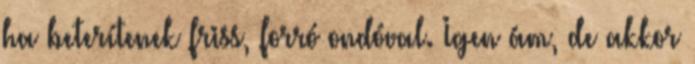
ha beterítenek friss, forró ondóval. Igen ám, de akkor